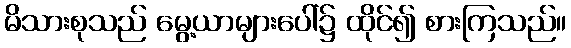
မိသားစုသည် မွေ့ယာများပေါ်၌ ထိုင်၍ စားကြသည်။